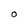
Character: O